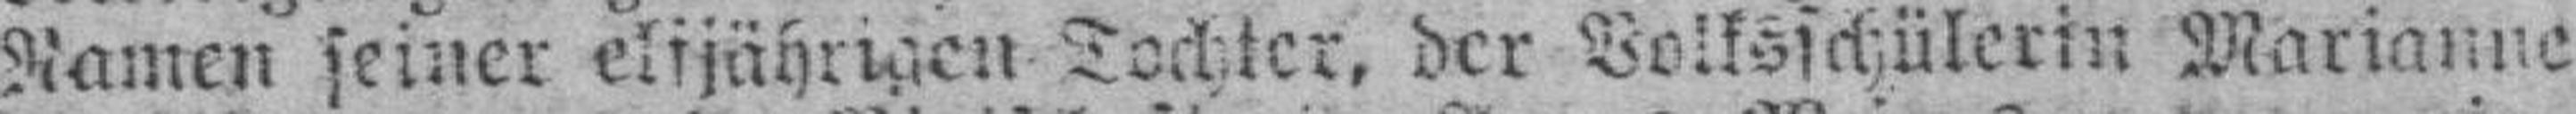
Namen seiner elfjährigen Tochter, der Volksschülerin Marianne